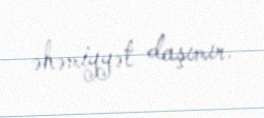
əhəmiyyət daşımır.